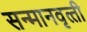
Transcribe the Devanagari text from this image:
सन्‍मानवृत्‍ती